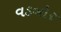
વડબોર